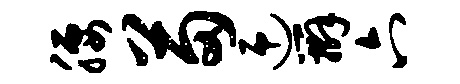
腰苗迎辫六